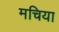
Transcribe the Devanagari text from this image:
मचिया